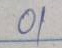
01